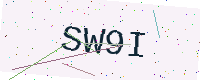
Text: SW9I